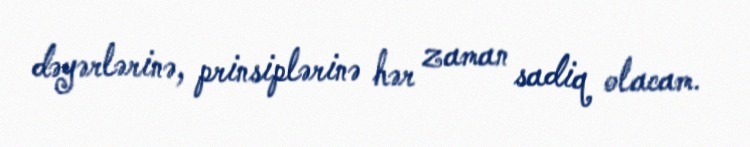
dəyərlərinə, prinsiplərinə hər zaman sadiq olacam.